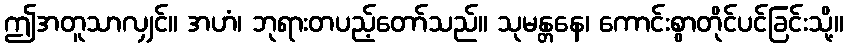
ဤအတူသာလျှင်။ အဟံ၊ ဘုရားတပည့်တော်သည်။ သုမန္တနေ၊ ကောင်းစွာတိုင်ပင်ခြင်းသို့။